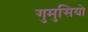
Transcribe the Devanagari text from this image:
गुमुसियो